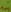
Text: in